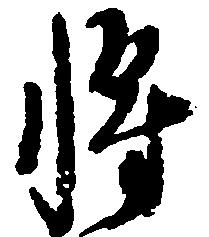
将